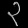
Digit: ၃